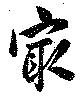
最